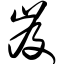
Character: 岌